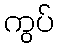
ကွပ်